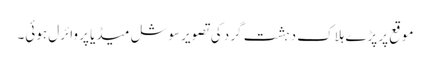
موقع پر پڑے ہلاک دہشت گرد کی تصویر سوشل میڈیا پر وائرل ہوئی۔